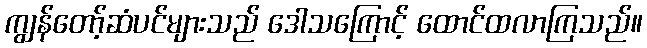
ကျွန်တော့်ဆံပင်များသည် ဒေါသကြောင့် ထောင်ထလာကြသည်။